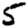
Digit: 5